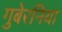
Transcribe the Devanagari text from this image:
गुबेरनिया